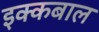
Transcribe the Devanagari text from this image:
इक्कबाल